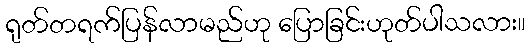
ရုတ်တရက်ပြန်လာမည်ဟု ပြောခြင်းဟုတ်ပါသလား။